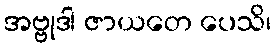
အဗ္ဗုဒါ ဇာယတေ ပေသိ၊